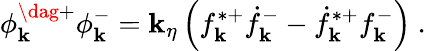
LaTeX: \phi_{\mathbf{k}}^{\dag+}\phi_{\mathbf{k}}^{-}=\mathbf{k}_{\eta}\left(f_{\mathbf{k}}^{\ast+}\dot{{f}}_{\mathbf{k}}^{-}-\dot{{f}}_{\mathbf{k}}^{\ast+}{f}_{\mathbf{k}}^{-}\right)~.